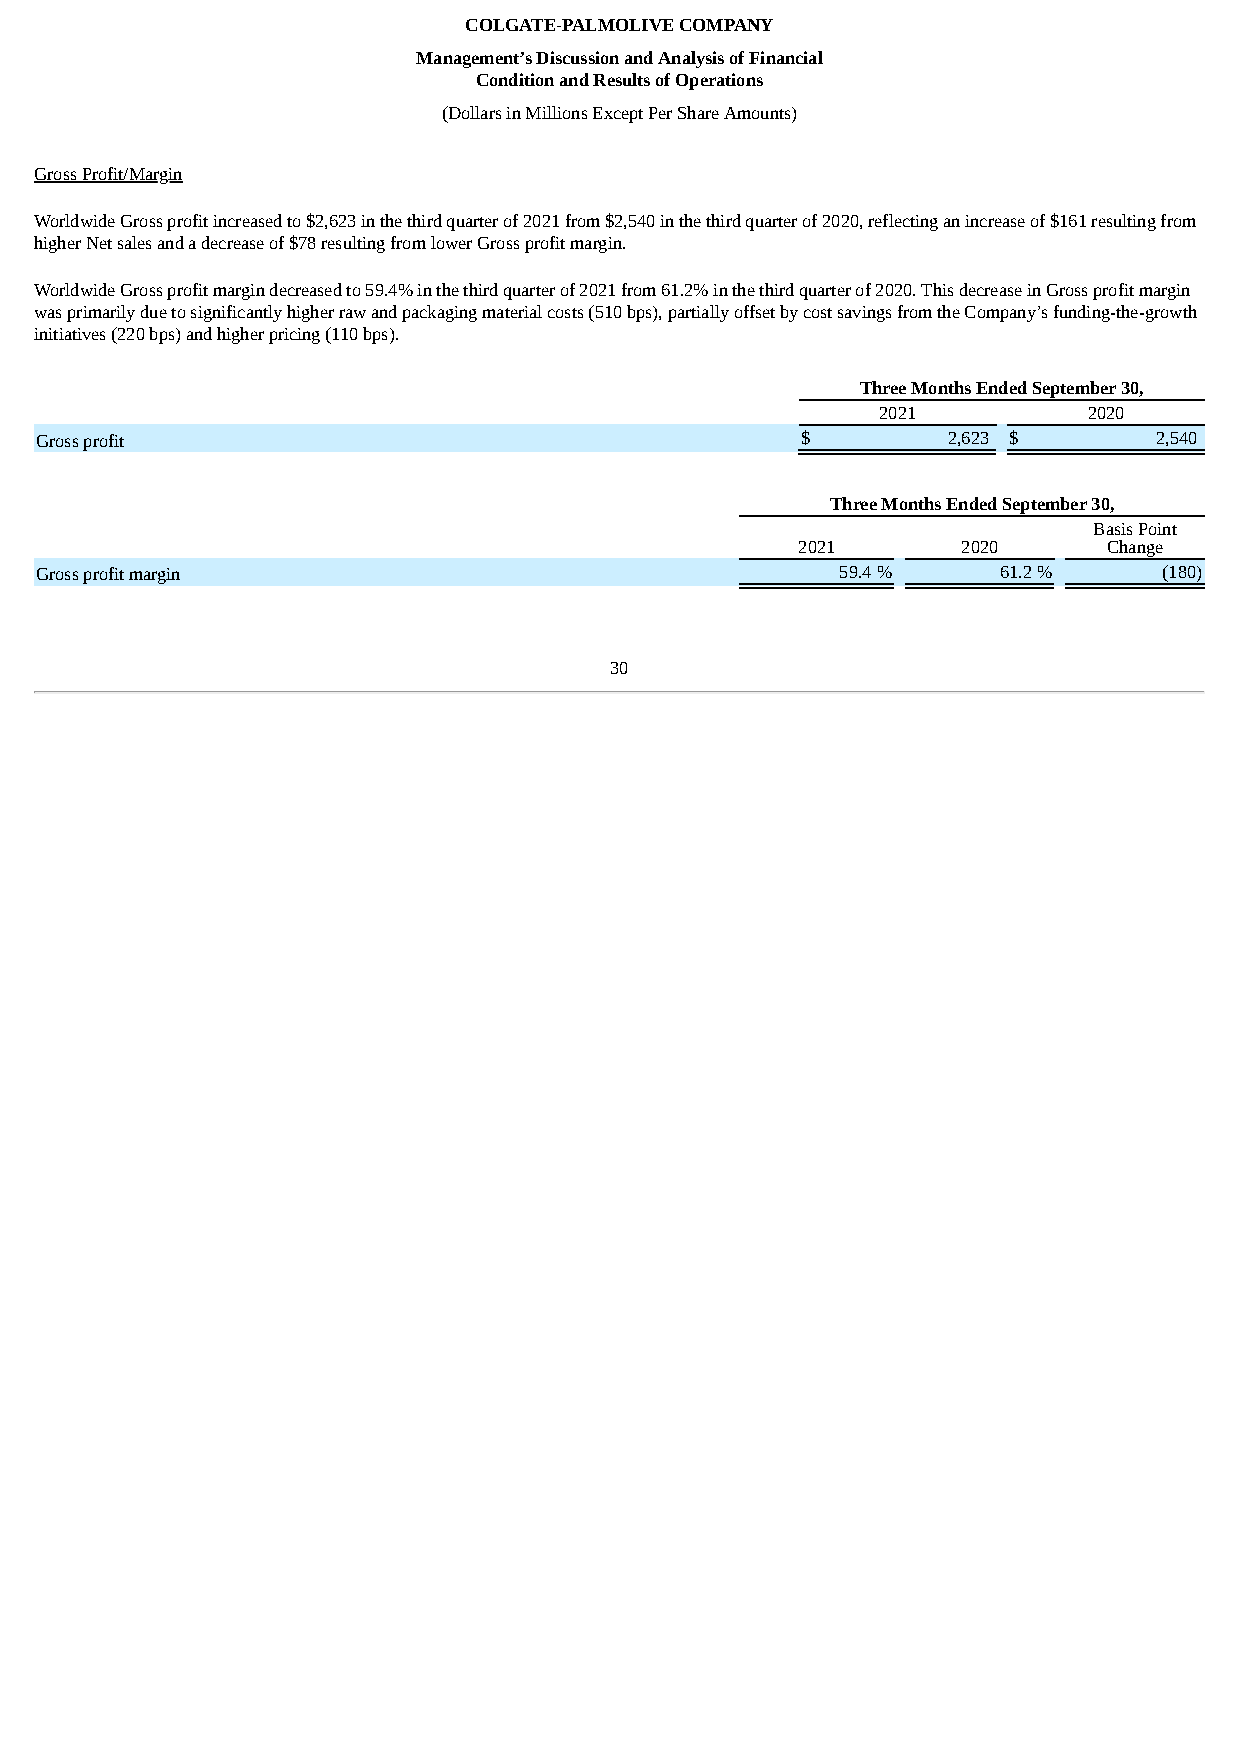
COLGATE-PALMOLIVE COMPANY
 Management’s Discussion and Analysis of Financial
 Condition and Results of Operations
 (Dollars in Millions Except Per Share Amounts)
 Gross Profit/Margin
 Worldwide Gross profit increased to $2,623 in the third quarter of 2021 from $2,540 in the third quarter of 2020, reflecting an increase of $161 resulting from
 higher Net sales and a decrease of $78 resulting from lower Gross profit margin.
 Worldwide Gross profit margin decreased to 59.4% in the third quarter of 2021 from 61.2% in the third quarter of 2020. This decrease in Gross profit margin
 was primarily due to significantly higher raw and packaging material costs (510 bps), partially offset by cost savings from the Company’s funding-the-growth
 initiatives (220 bps) and higher pricing (110 bps).
 Three Months Ended September 30,
 2021          2020
 Gross profit                                       $         2,623 $       2,540
 Three Months Ended September 30,
 Basis Point
 2021       2020     Change
 Gross profit margin                                   59.4 %    61.2 %     (180)
 30